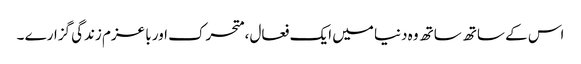
اس کے ساتھ ساتھ وہ دنیا میں ایک فعال ،متحرک اور با عزم زندگی گزارے ۔